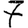
Digit: 7